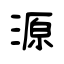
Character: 源